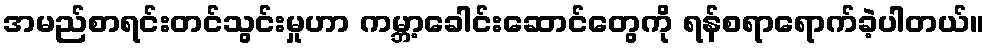
အမည်စာရင်းတင်သွင်းမှုဟာ ကမ္ဘာ့ခေါင်းဆောင်တွေကို ရန်စရာရောက်ခဲ့ပါတယ်။